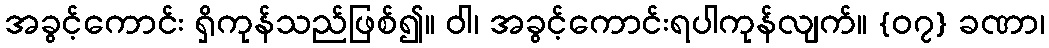
အခွင့်ကောင်း ရှိကုန်သည်ဖြစ်၍။ ဝါ၊ အခွင့်ကောင်းရပါကုန်လျက်။ {၀၇} ခဏာ၊